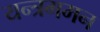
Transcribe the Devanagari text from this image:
यन्त्रगमन